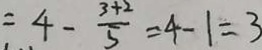
4 - \frac { 3 + 2 } { 5 } = 4 - 1 = 3